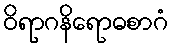
ဝိရာဂနိရောဓစာဂံ